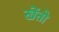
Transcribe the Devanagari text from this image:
खेंतो